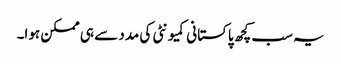
یہ سب کچھ پاکستانی کمیونٹی کی مدد سے ہی ممکن ہوا۔